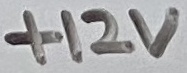
Text: +12V